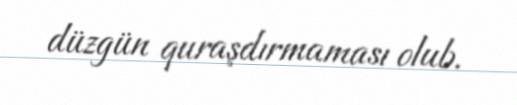
düzgün quraşdırmaması olub.